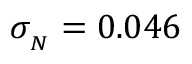
\sigma _ { { } _ { N } } = 0 . 0 4 6